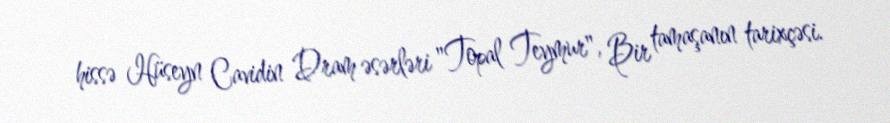
hissə Hüseyn Cavidin Dram əsərləri "Topal Teymur", Bir tamaşanın tarixçəsi.